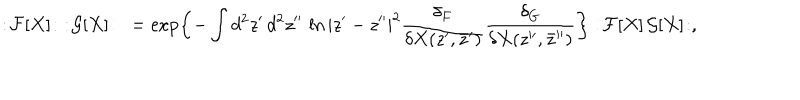
LaTeX: : \! { \cal F } [ X ] \! : \, \, : \! { \cal G } [ X ] \! : \ = \exp \biggl \{ - \int d ^ { 2 } z ^ { \prime } \, d ^ { 2 } z ^ { \prime \prime } \, \ln | z ^ { \prime } - z ^ { \prime \prime } | ^ { 2 } \frac { \delta _ { F } } { \delta X ( z ^ { \prime } , \bar { z } ^ { \prime } ) } \frac { \delta _ { G } } { \delta X ( z ^ { \prime \prime } , \bar { z } ^ { \prime \prime } ) } \biggr \} : \! { \cal F } [ X ] \, { \cal G } [ X ] \! : ,